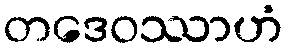
တဒေဝဿာဟံ